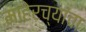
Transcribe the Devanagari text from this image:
माहेरच्यांचा